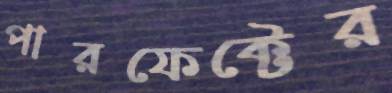
পারফেক্টের